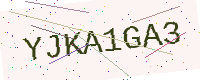
Text: YJKA1GA3